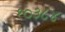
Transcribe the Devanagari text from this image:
१०३८४